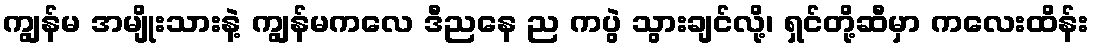
ကျွန်မ အမျိုးသားနဲ့ ကျွန်မကလေ ဒီညနေ ည ကပွဲ သွားချင်လို့၊ ရှင်တို့ဆီမှာ ကလေးထိန်း